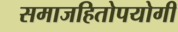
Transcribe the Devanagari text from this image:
समाजहितोपयोगी